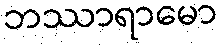
ဘဿာရာမော